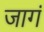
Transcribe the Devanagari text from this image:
जागं